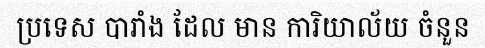
ប្រទេស បារាំង ដែល មាន ការិយាល័យ ចំនួន